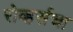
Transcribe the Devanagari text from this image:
रोव्हर्सचा